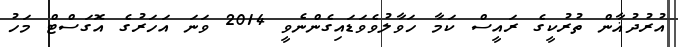
އުރުދުޣާން ތުރުކީގެ ރައީސް ކަމާ ހަވާލުވެވަޑައިގެންނެވީ 2014 ވަނަ އަހަރުގެ އޮގަސްޓް މަހު